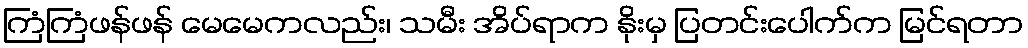
ကြံကြံဖန်ဖန် မေမေကလည်း၊ သမီး အိပ်ရာက နိုးမှ ပြတင်းပေါက်က မြင်ရတာ